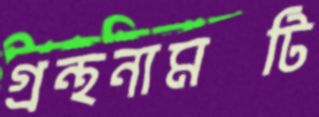
গ্রন্থনামটি